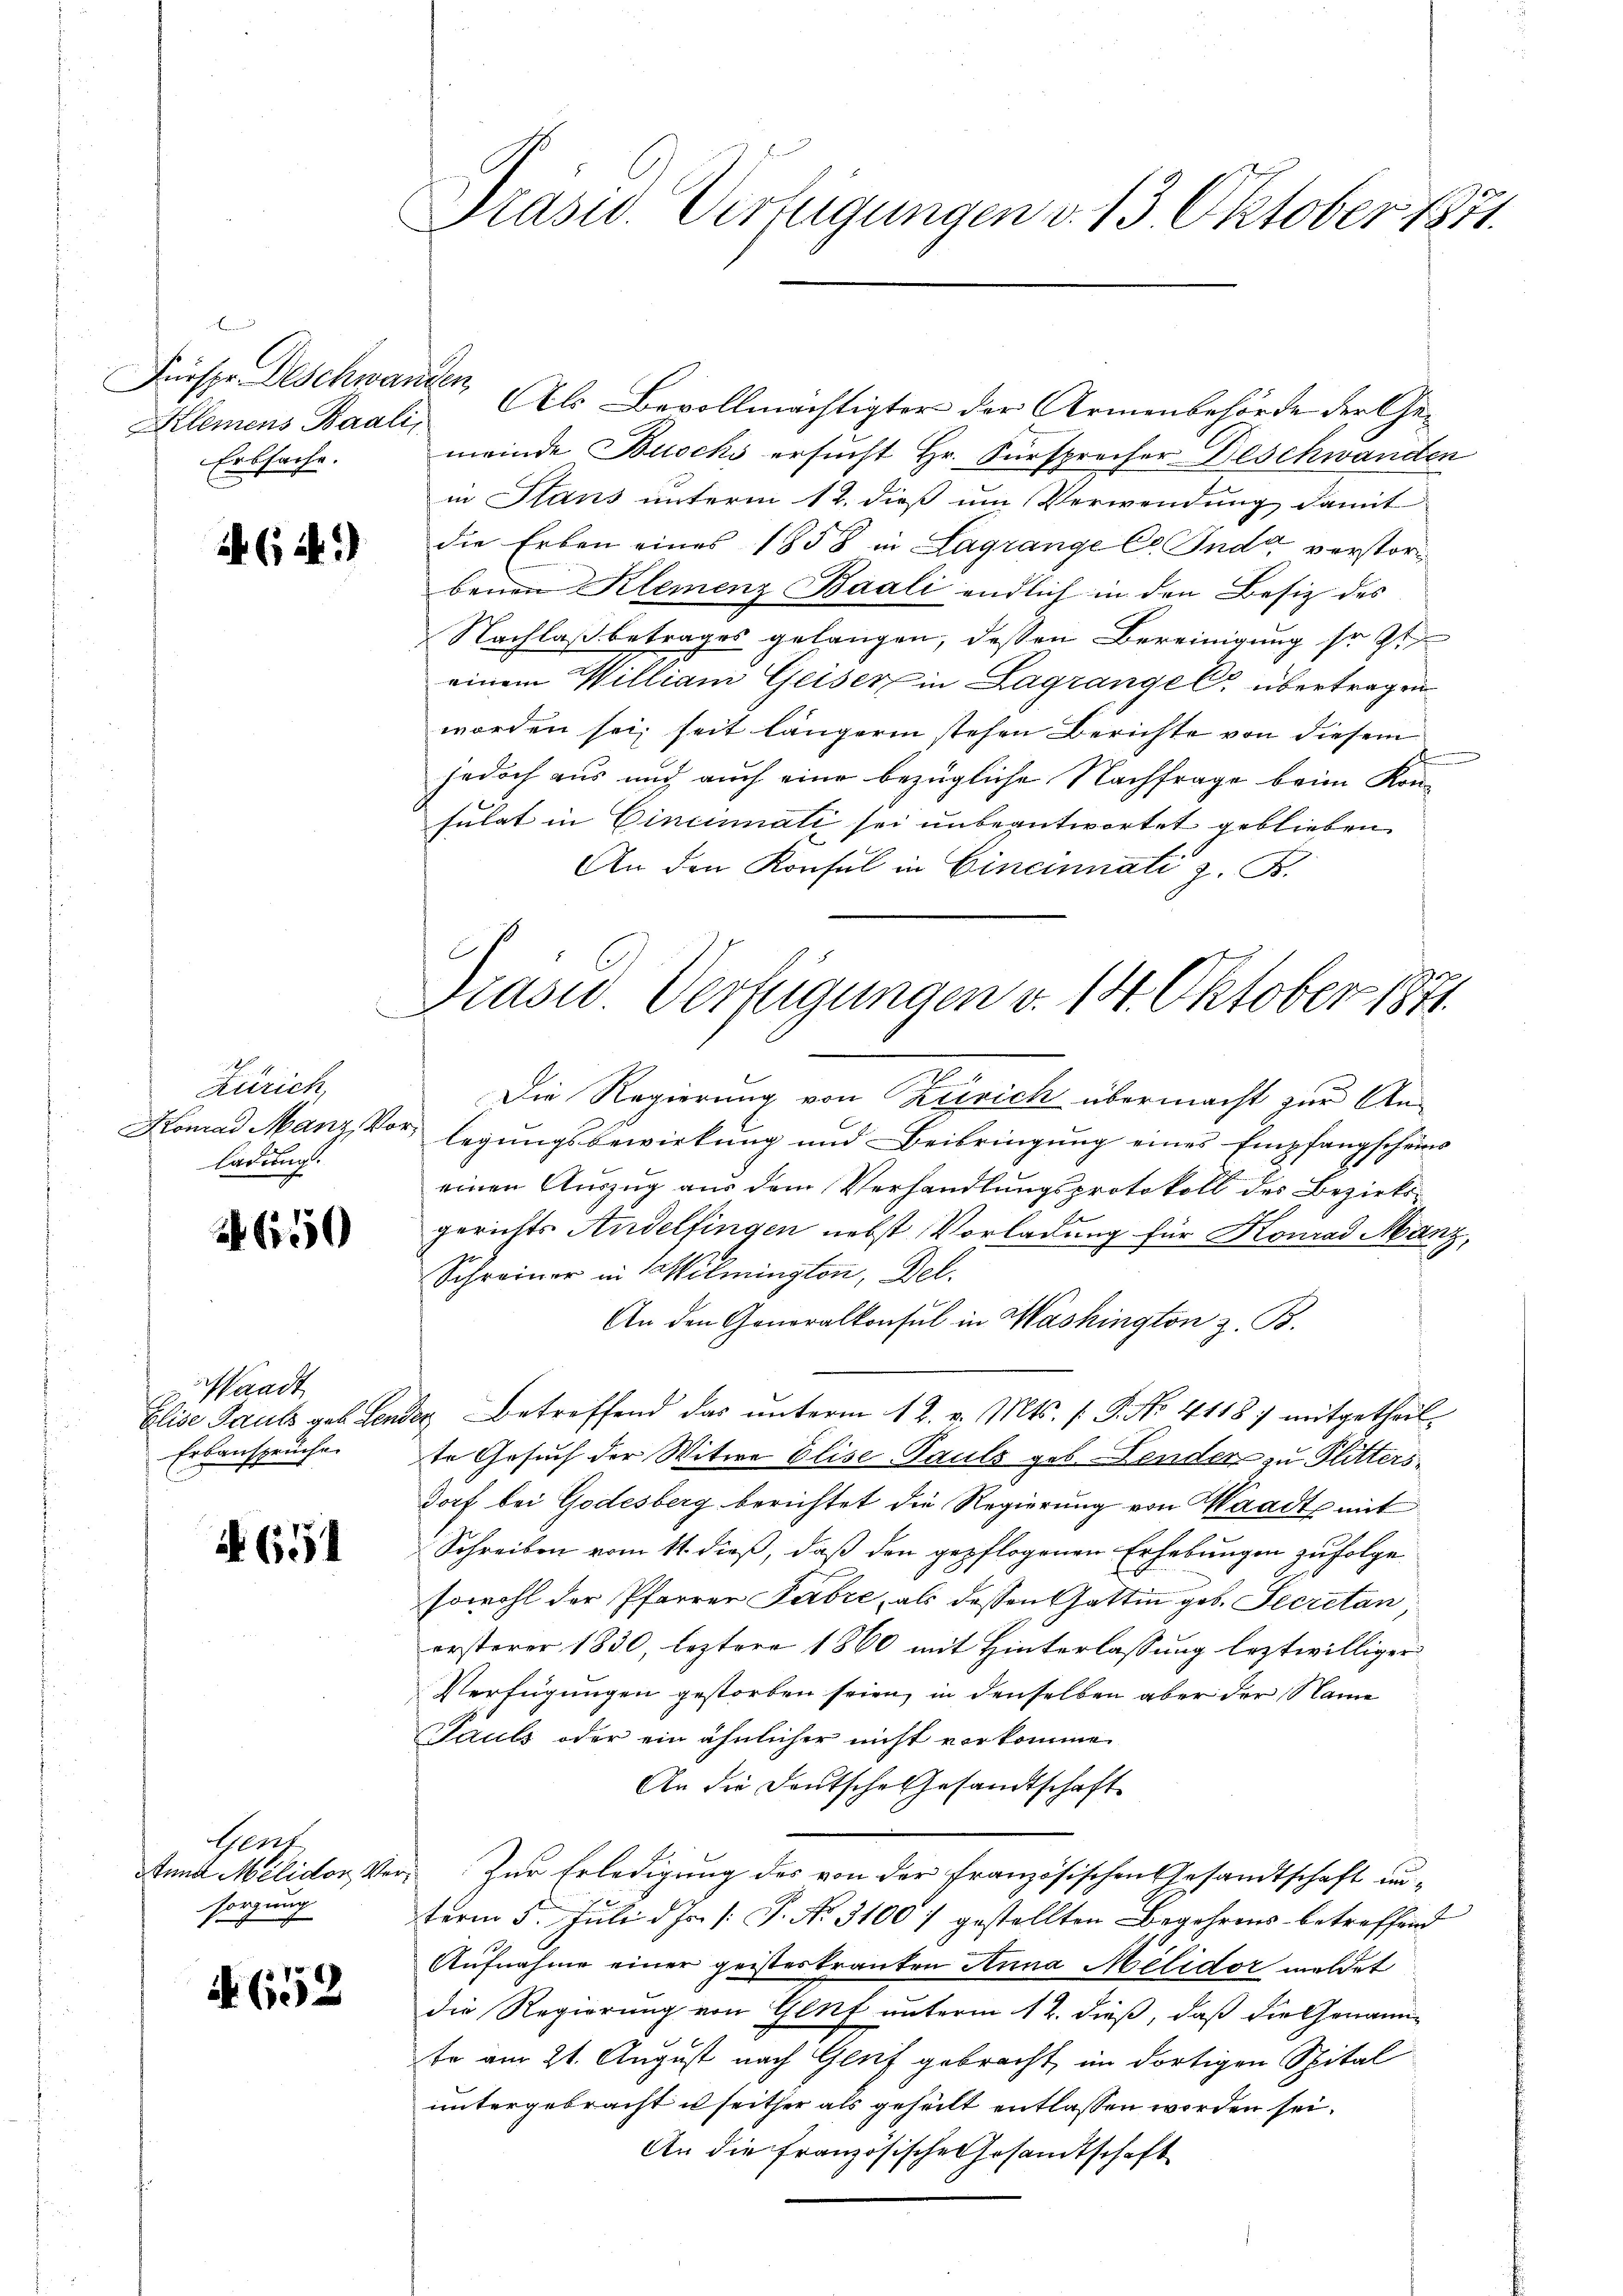
en einen
Klemens Baali
Erbsache.

2 (2.

Zürich,
Konrad Manz Vorladung.

(1550

aadt
Elise Pauls geb. Leni
Erbansprüche

N 651

Gent
Annd Milidor Vor
sorgung

652

Präsid. Verfügungen v. 13. Oktober 1851.

Drasid. Verfügungen v. 14. Oktober 1871

Fürspe Deschwandten, Als Bevollmächtigter der Armenbehörde der Gemeinde Buschs ersucht Hr. Fürsprecher Deschwanden
in Stans unterm 12. dieß um Verwendung damit
die Erben eines 1858 in Lagrange Co. Inda verstorbenen Klemenz Baali endlich in den Besitz des
Nachlaß betrages gelangen, dessen Bereinigung so st
einem William Geiser in Lagrangel übertragen
worden sei, seit längeren stehen Berichte von diesem
jedoch aus und auch eine bezügliche Nachfrage beim Konsulat in Cincinati sei unbeantwortet geblieben
An den Konsul in Cincinnati z. B.
Die Regierung von Zürich übermacht zur Anlegungsbewirkung und Beibringung eines Empfangscheins
einen Auszug aus dem Verhandlungsprotokoll des Bezirks-
gerichts Andelfingen nebst Vorladung für Konrad Manz,
Schreiner in Wilmington, Del.
An den Generalkonsul in Washington z. B.
20 Betreffend das unterm 12. v. Mts. [P. No. 41187 mitgetheil
te Gesuch der Witwe Elise Pauls geb. Fenden zu Flitters
dorf bei Godesberg berichtet die Regierung von Waadt mit
Schreiben vom 11. dieß, daß den gepflogenen Erhebungen zufolge
sowohl der Pfarrer Fabre, als dessen Gattin geb. Secretan,
ersterer 1830, leztere 1860 mit Hinterlassung leztwilliger
Verfügungen gestorben seien, in denselben aber der Name
Pauls oder ein ähnlicher nicht vorkommen
An die Deutsche Gesandtschaft
Zur Erledigung des von der Französischen Gesandtschaft un-
term 5. Juli d. Js. /: P. Nr. 31007 gestellten Begehrens betreffend
Aufnahme einer geisteskranken Anna Melidor meldet
die Regierung von Genf unterm 12. dieß, daß die Genannte am 21. August nach Genf gebracht, im dortigen Spital
untergebracht u seither als geheilt entlassen worden sei.
An die französische Gesandtschaft